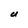
Character: U